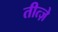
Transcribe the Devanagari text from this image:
तीत्ज़े